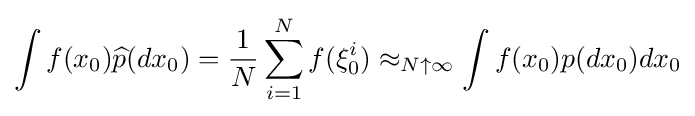
\int f(x_{0}){\widehat {p}}(dx_{0})={\frac {1}{N}}\sum _{i=1}^{N}f(\xi _{0}^{i})\approx _{N\uparrow \infty }\int f(x_{0})p(dx_{0})dx_{0}